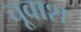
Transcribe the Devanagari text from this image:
चूवाश